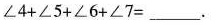
\angle 4 + \angle 5 + \angle 6 + \angle 7 = ____$$。